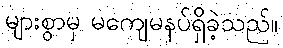
များစွာမှ မကျေမနပ်ရှိခဲ့သည်။